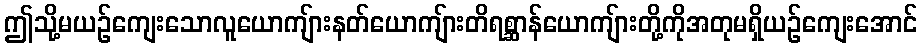
ဤသို့မယဉ်ကျေးသောလူယောကျ်ားနတ်ယောကျ်ားတိရစ္ဆာန်ယောကျ်ားတို့ကိုအတုမရှိယဉ်ကျေးအောင်